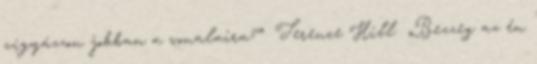
vigyázzon jobban a vonalaira?” Terence Hill „Bezzeg az én